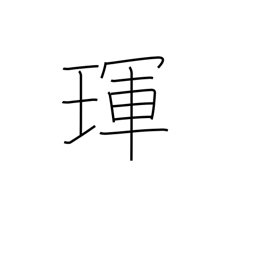
Meaning: jewel